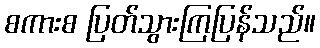
စကားစ ပြတ်သွားကြပြန်သည်။